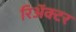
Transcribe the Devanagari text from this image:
रिअॅक्टर